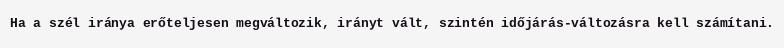
Ha a szél iránya erőteljesen megváltozik, irányt vált, szintén időjárás-változásra kell számítani.